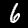
Label: 6